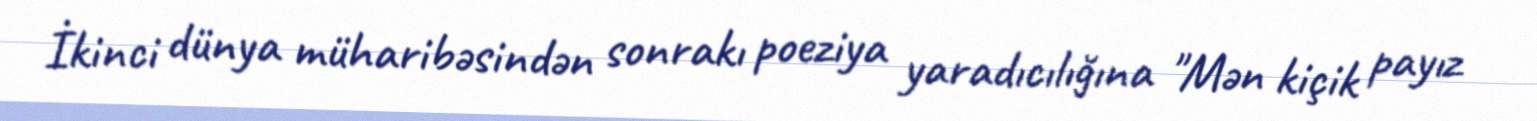
İkinci dünya müharibəsindən sonrakı poeziya yaradıcılığına "Mən kiçik payız